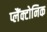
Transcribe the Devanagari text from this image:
प्लैंक्टोनिक